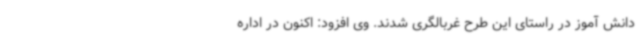
دانش آموز در راستای این طرح غربالگری شدند. وی افزود: اکنون در اداره